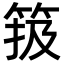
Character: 𥮁